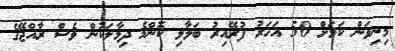
މިނިވަން ކަމަށް 50 އަހަރު ފުރޭއިރު ބަލާލި ކޮންމެ ދިމާލަކުން ވެސް ރާއްްޖޭގެ